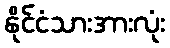
နိုင်ငံသားအားလုံး